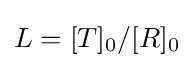
L=[T]_{0}/[R]_{0}